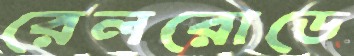
রেলরোডে